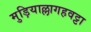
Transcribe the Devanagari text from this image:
मुड़ियाल्लागहवट्टा